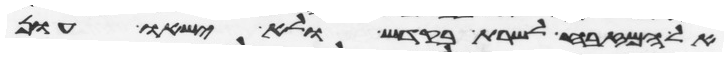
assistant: אל המזבח לשרת בקדש ולא ישאו עון